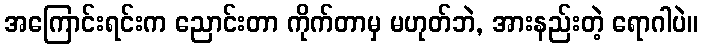
အကြောင်းရင်းက ညောင်းတာ ကိုက်တာမှ မဟုတ်ဘဲ, အားနည်းတဲ့ ရောဂါပဲ။